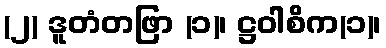
(၂) ဒူတံတဖြာ (၁)၊ ဋ္ဌဝါစိက(၁)၊